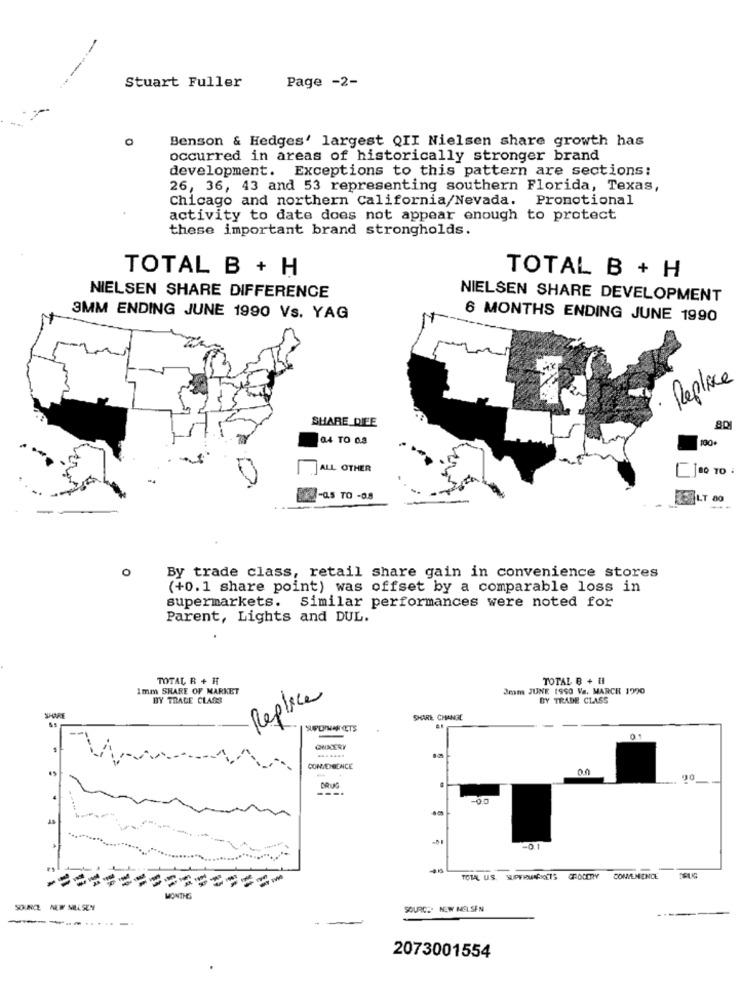
Stuart Fuller
Page -2-
0
Benson & Hedges' largest QII Nielsen share growth has
occurred in areas of historically stronger brand
development. Exceptions to this pattern are sections:
26, 36, 43 and 53 representing southern Florida, Texas,
Chicago and northern California/Nevada. Promotional
activity to date does not appear enough to protect
these important brand strongholds.
TOTAL B + H
TOTAL B + H
NIELSEN SHARE DIFFERENCE
NIELSEN SHARE DEVELOPMENT
3MM ENDING JUNE 1990 Vs. YAG
6 MONTHS ENDING JUNE 1990
Replace
SHARE_DIEE
04 TO 0.3
ALL OTHER
-0.5 TO -08
LT 80
....
O
By trade class, retail share gain in convenience stores
(+0.1 share point) was offset by a comparable loss in
supermarkets. Similar performances were noted for
Parent, Lights and DUL.
TOTAL B + H
TOTAL B + HI
1mm SHARE OF MARKET
3mm JUNE 1950 Va. MARCH 1990
BY TRAGE CLASS
Replace
BY TRADE CLASS
SHARE
SHARE CHANGE
ONICERY
4 4
CONVENIENCE
---.
BRUG
=
======-
TOTAL US. SUPERMARKETS
GROCERY
CONVENIENCE
MONTHS
SOURCE ALW MILLSEN
SOURCE: NEW NELSEN
2073001554